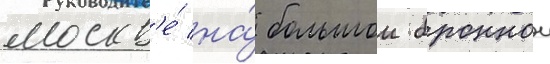
москв'е́ на́ большои броннои